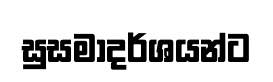
සුසමාදර්ශයන්ට